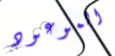
الموعود